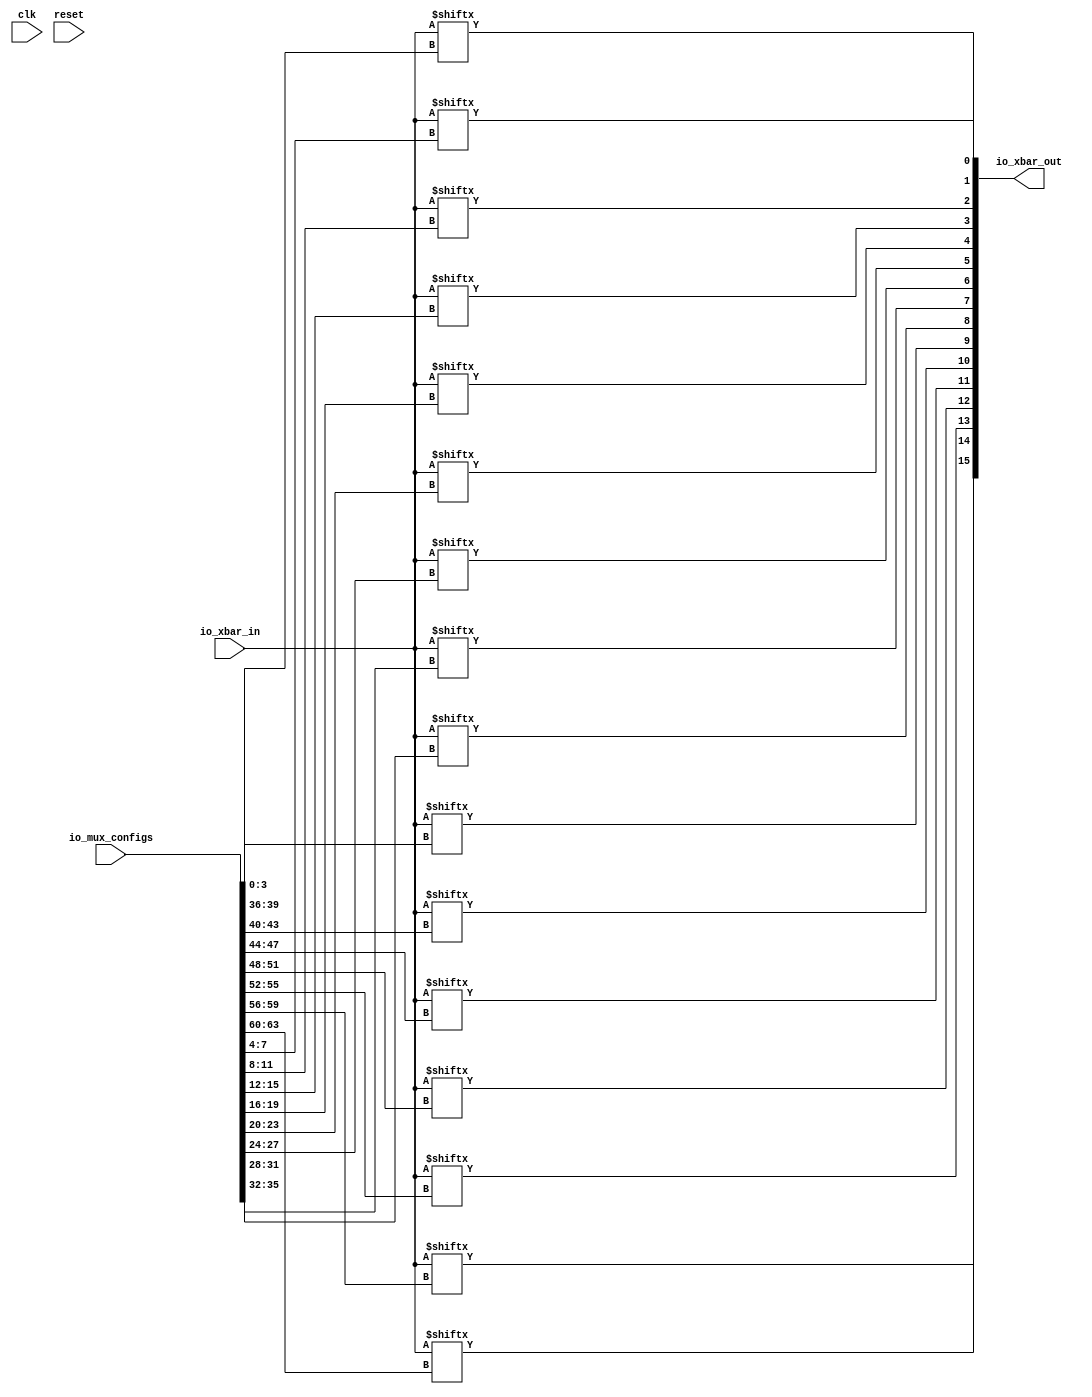
module xbar(input clk, input reset,
    input [14:0] io_xbar_in,
    output [15:0] io_xbar_out,
    input [63:0] io_mux_configs);

    assign io_xbar_out[0] = io_xbar_in[io_mux_configs[3:0]];
    assign io_xbar_out[1] = io_xbar_in[io_mux_configs[7:4]];
    assign io_xbar_out[2] = io_xbar_in[io_mux_configs[11:8]];
    assign io_xbar_out[3] = io_xbar_in[io_mux_configs[15:12]];
    assign io_xbar_out[4] = io_xbar_in[io_mux_configs[19:16]];
    assign io_xbar_out[5] = io_xbar_in[io_mux_configs[23:20]];
    assign io_xbar_out[6] = io_xbar_in[io_mux_configs[27:24]];
    assign io_xbar_out[7] = io_xbar_in[io_mux_configs[31:28]];
    assign io_xbar_out[8] = io_xbar_in[io_mux_configs[35:32]];
    assign io_xbar_out[9] = io_xbar_in[io_mux_configs[39:36]];
    assign io_xbar_out[10] = io_xbar_in[io_mux_configs[43:40]];
    assign io_xbar_out[11] = io_xbar_in[io_mux_configs[47:44]];
    assign io_xbar_out[12] = io_xbar_in[io_mux_configs[51:48]];
    assign io_xbar_out[13] = io_xbar_in[io_mux_configs[55:52]];
    assign io_xbar_out[14] = io_xbar_in[io_mux_configs[59:56]];
    assign io_xbar_out[15] = io_xbar_in[io_mux_configs[63:60]];

endmodule